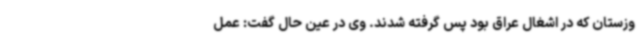
وزستان که در اشغال عراق بود پس گرفته شدند. وی در عین حال گفت: عمل